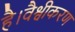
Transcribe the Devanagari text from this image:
है।वैश्वीकरण